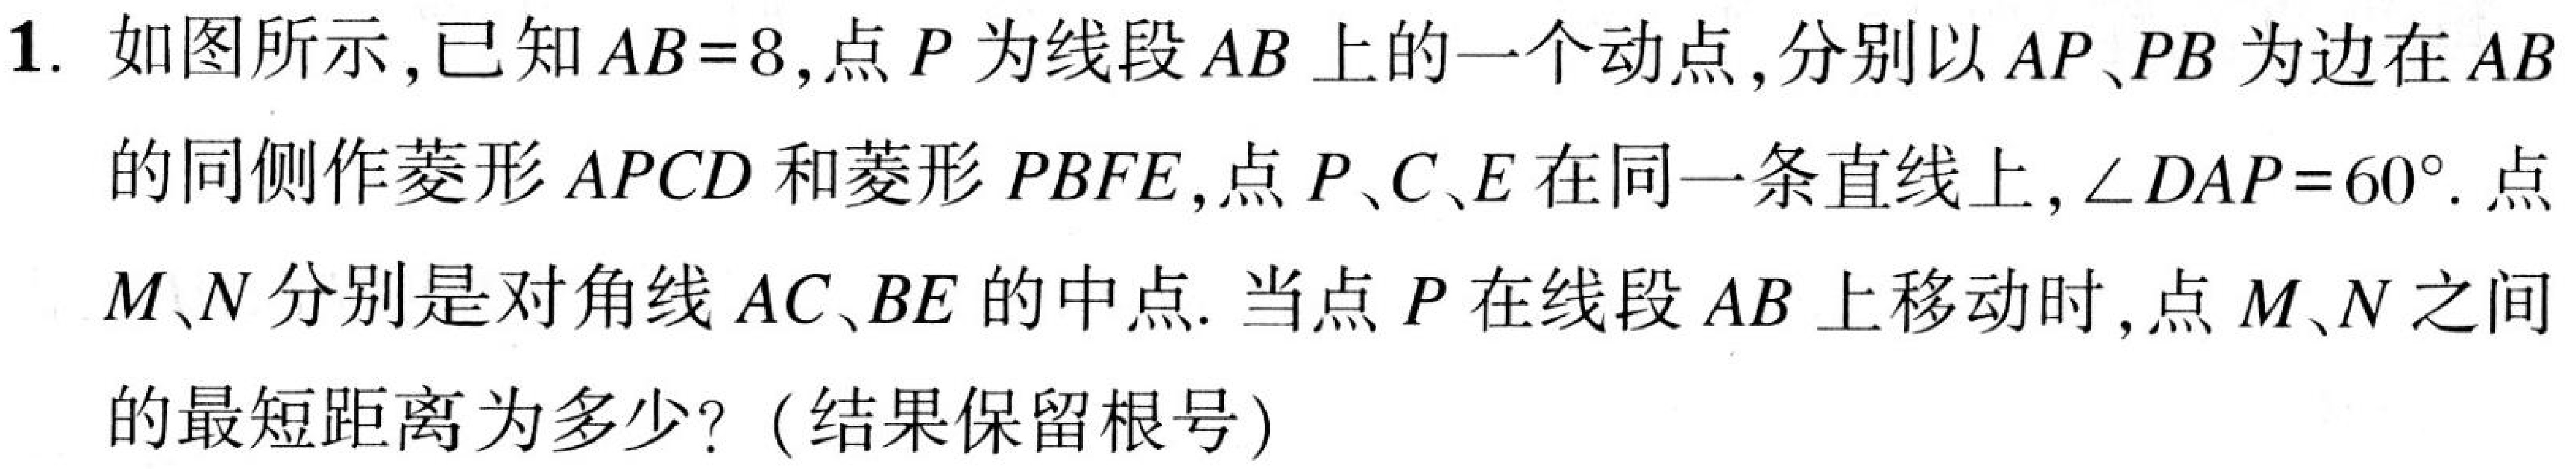
1. 如图所示，已知$AB = 8$，点$P$为线段$AB$上的一个动点，分别以$AP$、$PB$为边在$AB$的同侧作菱形$APCD$和菱形$PBFE$，点$P$、$C$、$E$在同一条直线上，$\angle DAP = 60^{\circ}$. 点$M$、$N$分别是对角线$AC$、$BE$的中点. 当点$P$在线段$AB$上移动时，点$M$、$N$之间的最短距离为多少？（结果保留根号）